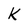
Character: K